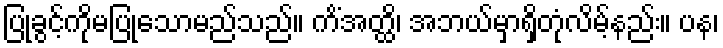
ပြုခွင့်ကိုမပြုသောမည်သည်။ ကိံအတ္ထိ၊ အဘယ်မှာရှိတုံလိမ့်နည်း။ ပန၊